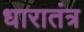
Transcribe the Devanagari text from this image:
धारातंत्र